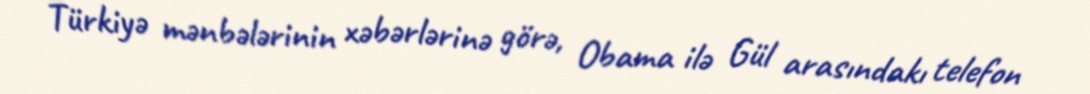
Türkiyə mənbələrinin xəbərlərinə görə, Obama ilə Gül arasındakı telefon